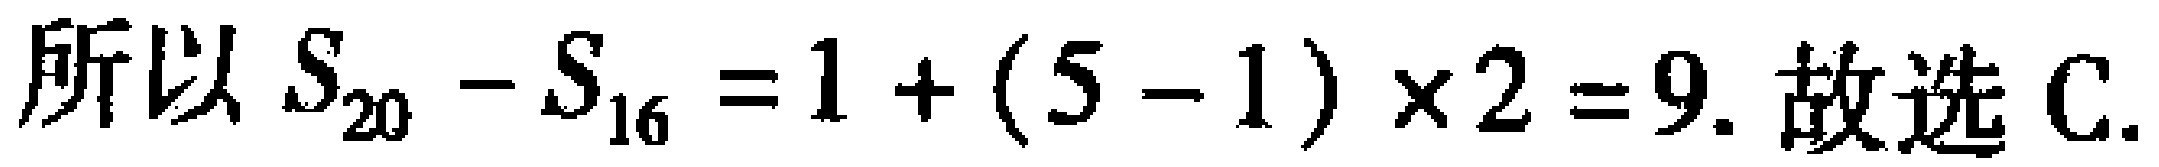
所以 \(S_{20}-S_{16}=1+(5 - 1)\times2 = 9.\) 故选 C.